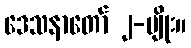
ဒေသနာတော် ၂-မျိုး။